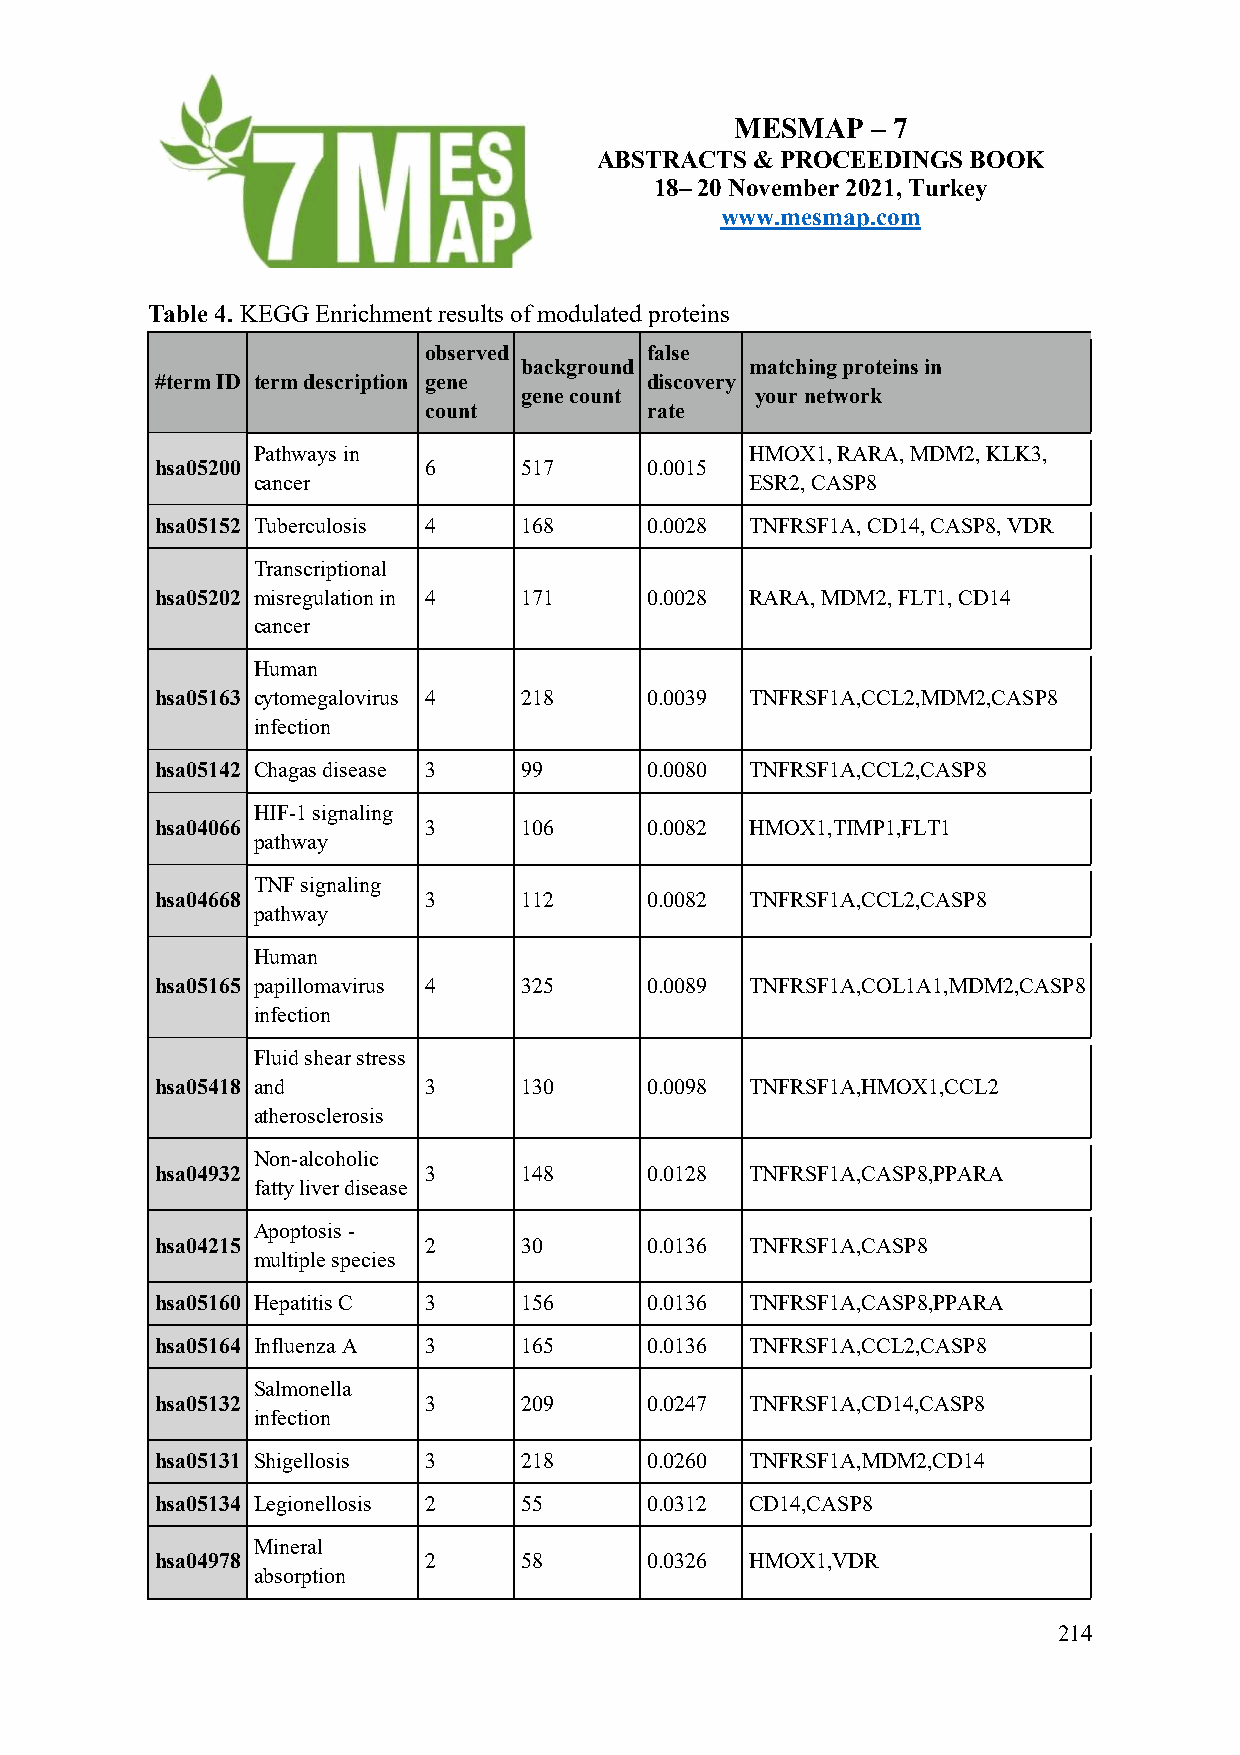
MESMAP   – 7
 ABSTRACTS  & PROCEEDINGS BOOK
 18– 20 November 2021, Turkey
 www.mesmap.com
 Table 4. KEGG Enrichment results of modulated proteins
 observed       false
 background      matching proteins in
 #term ID term description gene   discovery
 gene count      your network
 count          rate
 Pathways in                      HMOX1, RARA, MDM2, KLK3,
 hsa05200          6     517      0.0015
 cancer                           ESR2, CASP8
 hsa05152 Tuberculosis 4 168      0.0028 TNFRSF1A, CD14, CASP8, VDR
 Transcriptional
 hsa05202 misregulation in 4 171  0.0028 RARA, MDM2, FLT1, CD14
 cancer
 Human
 hsa05163 cytomegalovirus 4 218   0.0039 TNFRSF1A,CCL2,MDM2,CASP8
 infection
 hsa05142 Chagas disease 3 99     0.0080 TNFRSF1A,CCL2,CASP8
 HIF-1 signaling
 hsa04066          3     106      0.0082 HMOX1,TIMP1,FLT1
 pathway
 TNF signaling
 hsa04668          3     112      0.0082 TNFRSF1A,CCL2,CASP8
 pathway
 Human
 hsa05165 papillomavirus 4 325    0.0089 TNFRSF1A,COL1A1,MDM2,CASP8
 infection
 Fluid shear stress
 hsa05418 and      3     130      0.0098 TNFRSF1A,HMOX1,CCL2
 atherosclerosis
 Non-alcoholic
 hsa04932          3     148      0.0128 TNFRSF1A,CASP8,PPARA
 fatty liver disease
 Apoptosis -
 hsa04215          2     30       0.0136 TNFRSF1A,CASP8
 multiple species
 hsa05160 Hepatitis C 3  156      0.0136 TNFRSF1A,CASP8,PPARA
 hsa05164 Influenza A 3  165      0.0136 TNFRSF1A,CCL2,CASP8
 Salmonella
 hsa05132          3     209      0.0247 TNFRSF1A,CD14,CASP8
 infection
 hsa05131 Shigellosis 3  218      0.0260 TNFRSF1A,MDM2,CD14
 hsa05134 Legionellosis 2 55      0.0312 CD14,CASP8
 Mineral
 hsa04978          2     58       0.0326 HMOX1,VDR
 absorption
 214